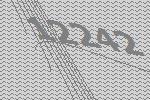
12242